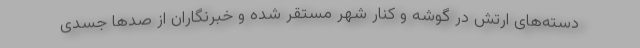
دسته‌های ارتش در گوشه و کنار شهر مستقر شده و خبرنگاران از صدها جسدی